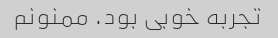
تجربه خوبی بود. ممنونم